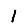
Digit: 1